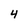
Character: 4